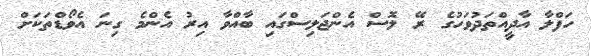
ހަފްލާ އާދީއްތަދުވަހުގެ ރޭ ލޮސް އެންޖަލިސްގައި ބާއްވާ އިރު އެންމެ ގިނަ އެވޯޑްތަކަށް